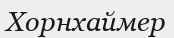
Хорнхаймер